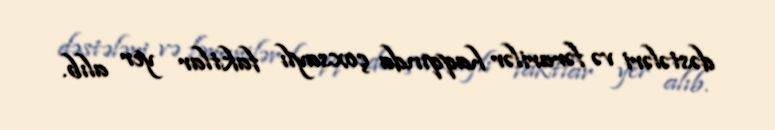
dəstələri və fərarilər haqqında çoxsaylı faktlar yer alıb.